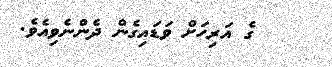
ގެ އަރިހަށް ވަޑައިގެން ދެންނެވިއެވެ.